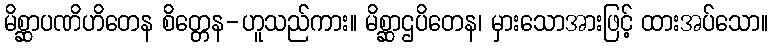
မိစ္ဆာပဏိဟိတေန စိတ္တေန-ဟူသည်ကား။ မိစ္ဆာဌပိတေန၊ မှားသောအားဖြင့် ထားအပ်သော။